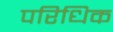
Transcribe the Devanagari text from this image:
परिधिक